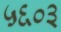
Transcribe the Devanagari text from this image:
५६०३